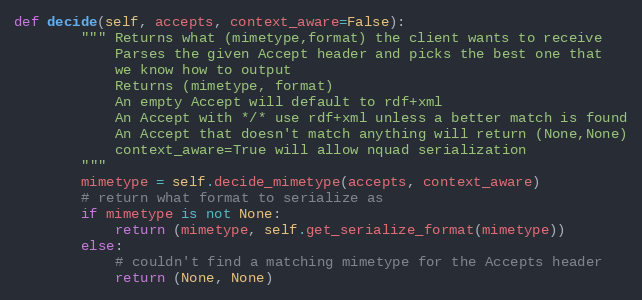
Language: Python
def decide(self, accepts, context_aware=False):
		""" Returns what (mimetype,format) the client wants to receive
		    Parses the given Accept header and picks the best one that
		    we know how to output
		    Returns (mimetype, format)
		    An empty Accept will default to rdf+xml
		    An Accept with */* use rdf+xml unless a better match is found
		    An Accept that doesn't match anything will return (None,None)
		    context_aware=True will allow nquad serialization
		"""
		mimetype = self.decide_mimetype(accepts, context_aware)
		# return what format to serialize as
		if mimetype is not None:
			return (mimetype, self.get_serialize_format(mimetype))
		else:
			# couldn't find a matching mimetype for the Accepts header
			return (None, None)